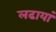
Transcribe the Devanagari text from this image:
लढायां